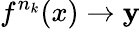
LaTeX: f^{n_{k}}(x)\rightarrow\mathbf{y}